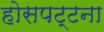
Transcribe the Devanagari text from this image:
होसपट्टना